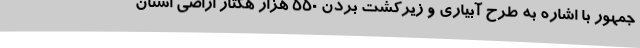
جمهور با اشاره به طرح آبیاری و زیرکشت بردن ۵۵۰ هزار هکتار اراضی استان